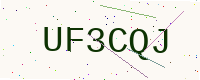
Text: UF3CQJ